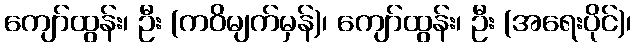
ကျော်ထွန်း၊ ဦး (ကဝိမျက်မှန်)၊ ကျော်ထွန်း၊ ဦး (အရေးပိုင်)၊